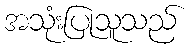
အသုံးပြုသူသည်